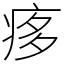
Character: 痑